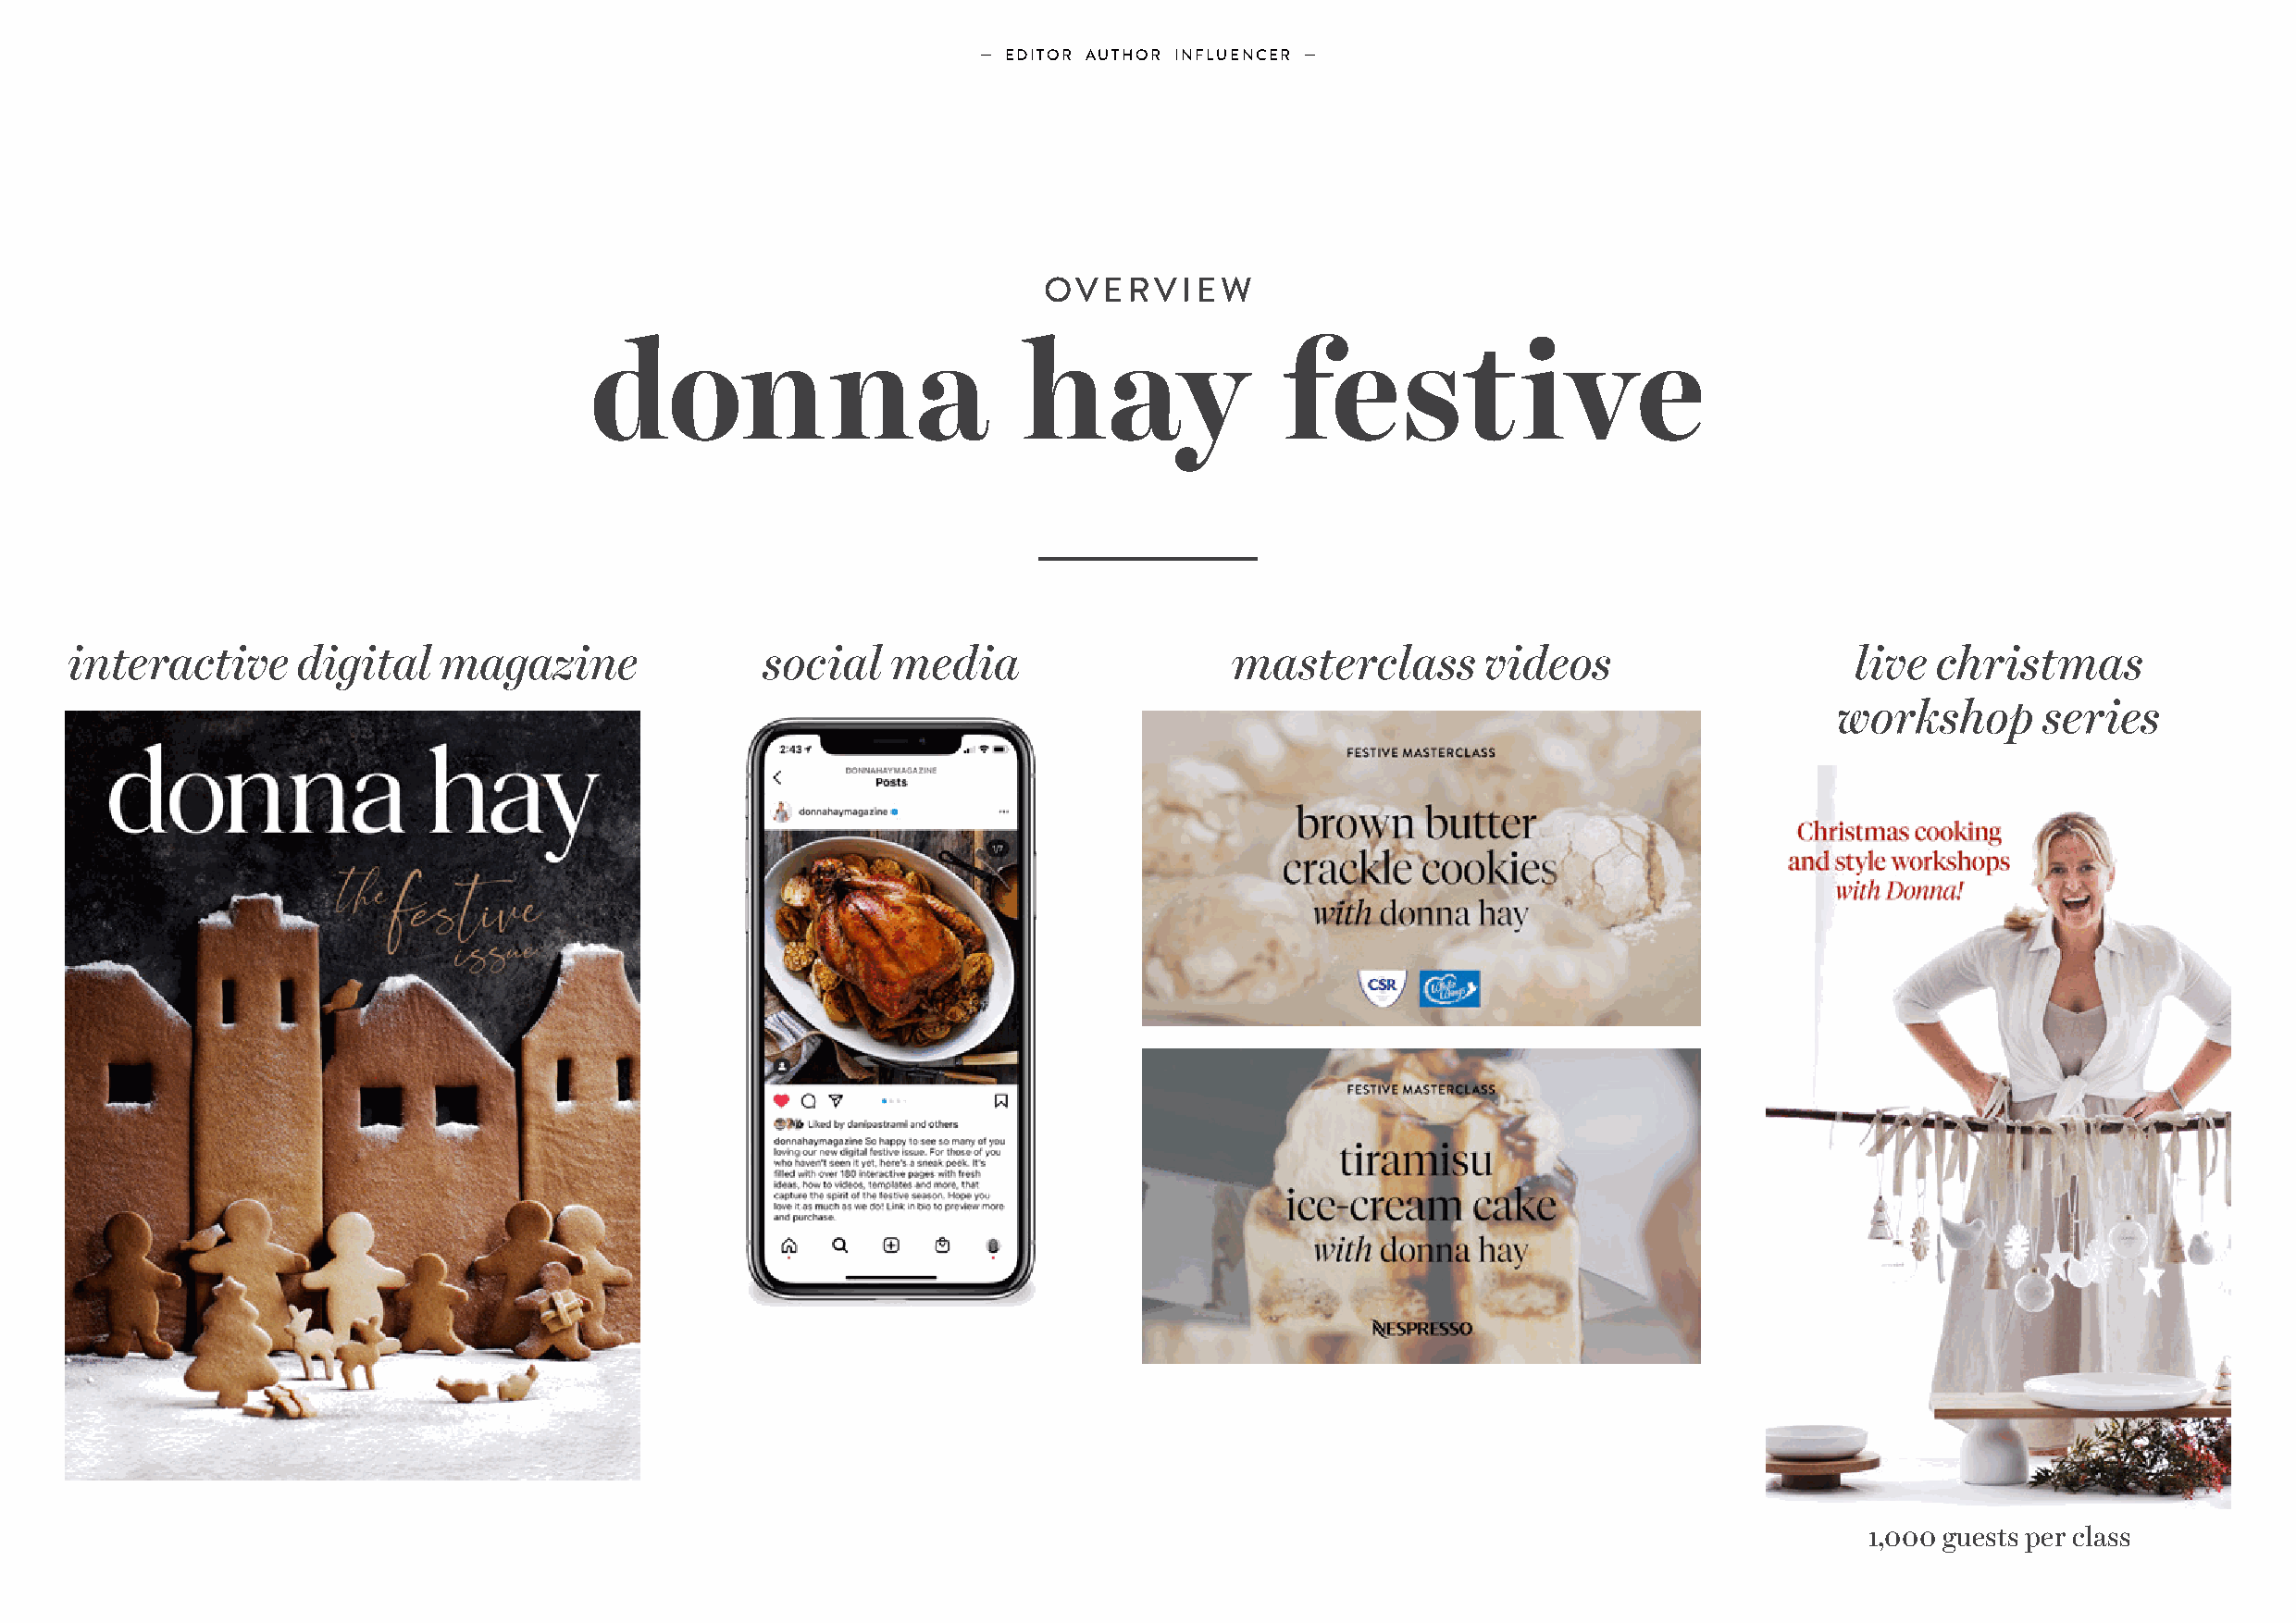
— EDITOR AUTHOR INFLUENCER —
 OVERVIEW
 donna                          hay                festive
 interactive     digital   magazine                social   media                   masterclass       videos                     live christmas
 workshop       series
 1,000 guests per class